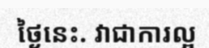
ថ្ងៃនេះ. វាជាការល្អ